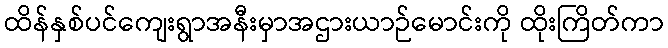
ထိန်နှစ်ပင်ကျေးရွာအနီးမှာအဌားယာဉ်မောင်းကို ထိုးကြိတ်ကာ